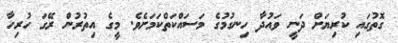
ގޮތުގައި ކުރިޔަށް ދަނީ ވައުދާ ހިނގުމުގެ މަސައްކަތްކަމަށެވެ. މީގެ އިތުރުން ރޭގަ ހުރިހާ